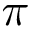
\pi